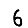
Digit: 6